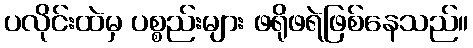
ပလိုင်းထဲမှ ပစ္စည်းများ ဖရိုဖရဲဖြစ်နေသည်။